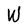
Character: W